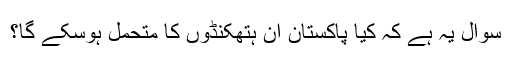
سوال یہ ہے کہ کیا پاکستان ان ہتھکنڈوں کا متحمل ہوسکے گا؟